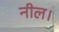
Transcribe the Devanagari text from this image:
नील।